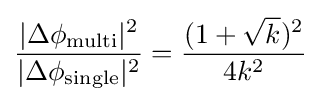
{\frac {|\Delta \phi _{\text{multi}}|^{2}}{|\Delta \phi _{\text{single}}|^{2}}}={\frac {(1+{\sqrt {k}})^{2}}{4k^{2}}}